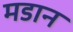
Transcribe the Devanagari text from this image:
मडान